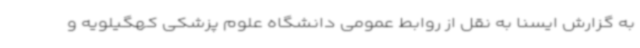
به گزارش ایسنا به نقل از روابط عمومی دانشگاه علوم پزشکی کهگیلویه و